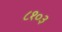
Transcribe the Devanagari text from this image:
८१०३